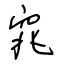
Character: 窕